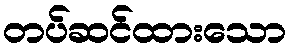
တပ်ဆင်ထားသော